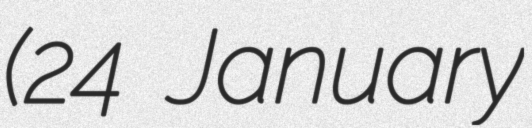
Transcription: (24 January